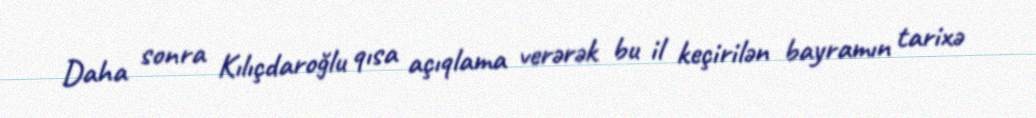
Daha sonra Kılıçdaroğlu qısa açıqlama verərək bu il keçirilən bayramın tarixə